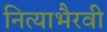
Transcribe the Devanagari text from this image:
नित्याभैरवी